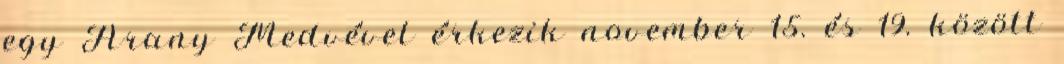
egy Arany Medvével érkezik november 15. és 19. között